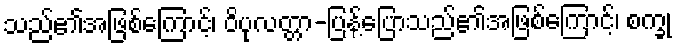
သည်၏အဖြစ်ကြောင့်၊ ဝိပုလတ္တာ-ပြန့်ပြောသည်၏အဖြစ်ကြောင့်၊ စက္ခု